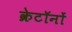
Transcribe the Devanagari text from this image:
क्रेटॉनों